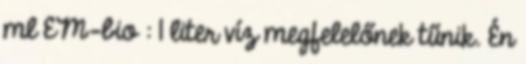
ml EM-bio : 1 liter víz megfelelőnek tűnik. Én